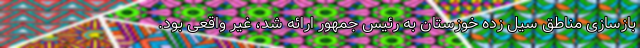
بازسازی مناطق سیل زده خوزستان به رئیس جمهور ارائه شد، غیر واقعی بود.